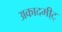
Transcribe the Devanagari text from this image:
अकादमी्ट्